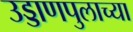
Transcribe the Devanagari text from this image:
उड्डाणपुलाच्या